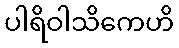
ပါရိဝါသိကေဟိ